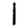
Digit: 1